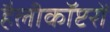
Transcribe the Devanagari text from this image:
हैलीकॉप्टरों